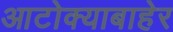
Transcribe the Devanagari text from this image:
आटोक्याबाहेर